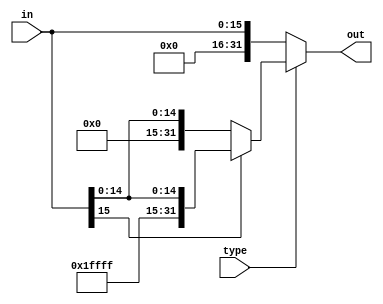
module IMM_EXT(
    input [15:0] in,
    input type,
    output [31:0] out
);

    assign out = (type==0) ? {16'h0000,in} :
                (in[15]==0)? {16'h0000,in} : {16'hffff,in};

endmodule